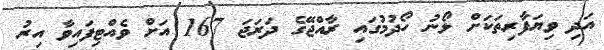
އަދި ވިޔަފާރިތަކަށް ލޯނު ހޯދުމުގައި ރާއްޖޭގެ ދަރަޖަ 167 އަށް ވެއްޓިފައިވާ އިރު